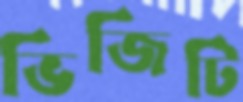
ভিজিটি